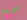
سمح